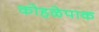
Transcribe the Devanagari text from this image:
कोहळेपाक